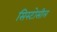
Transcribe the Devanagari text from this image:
सिस्टोसील